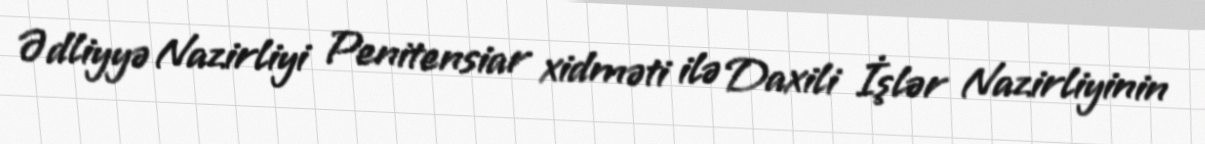
Ədliyyə Nazirliyi Penitensiar xidməti ilə Daxili İşlər Nazirliyinin